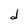
Character: d